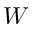
W